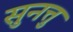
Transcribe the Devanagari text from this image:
सुनत्तु